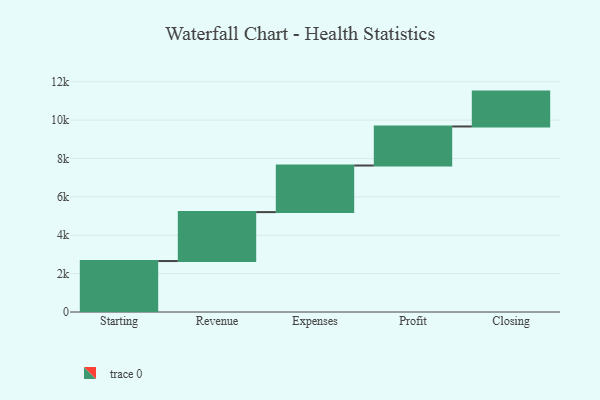
{"axis": {"x": "Step", "y": "Value"}, "legend": [""], "data": [{"x": "Starting", "y": 2656.0, "type": ""}, {"x": "Revenue", "y": 2550.0, "type": ""}, {"x": "Expenses", "y": 2428.0, "type": ""}, {"x": "Profit", "y": 2035.0, "type": ""}, {"x": "Closing", "y": 1817.0, "type": ""}]}